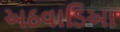
અઠવાડિઆ